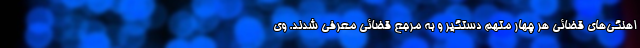
اهنگی‌های قضائی هر چهار متهم دستگیر و به مرجع قضائی معرفی شدند. وی